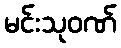
မင်းသုဝဏ်